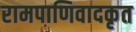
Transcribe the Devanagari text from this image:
रामपाणिवादकृत